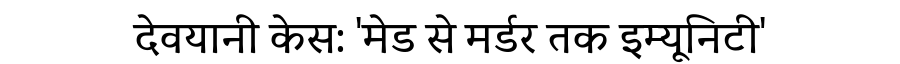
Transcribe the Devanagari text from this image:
देवयानी केस: 'मेड से मर्डर तक इम्यूनिटी'